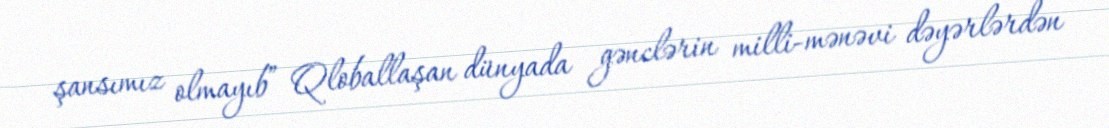
şansımız olmayıb” Qloballaşan dünyada gənclərin milli-mənəvi dəyərlərdən